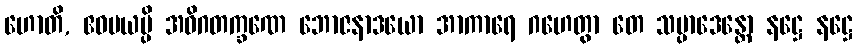
ဟောတိ, ဧဝမယမ္ပိ အဓိဂတက္ခဏေ ဘောဇနာဒယော အာကာရေ ဂဟေတွာ တေ သမ္ပာဒေန္တော နဋ္ဌေ နဋ္ဌေ